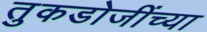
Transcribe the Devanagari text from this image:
तुकडोजींच्या